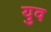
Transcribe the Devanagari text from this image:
युव